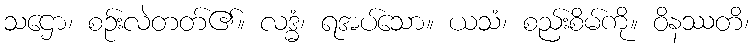
သဌော၊ စဉ်းလဲတတ်၏။ လဒ္ဓံ၊ ရအပ်သော။ ယသံ၊ စည်းစိမ်ကို။ ဝိနဿတိ၊